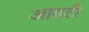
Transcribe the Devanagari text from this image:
आय़टी